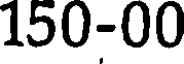
150-00